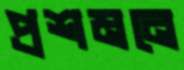
প্রশমনে